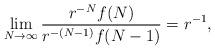
LaTeX: \begin{align*}\lim_{N \to \infty} {r^{-N} f(N) \over r^{-(N-1)} f(N-1)} = r^{-1},\end{align*}